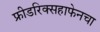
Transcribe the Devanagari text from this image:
फ्रीडरिक्सहाफेनचा